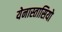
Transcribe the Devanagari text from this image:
येनास्तासियो